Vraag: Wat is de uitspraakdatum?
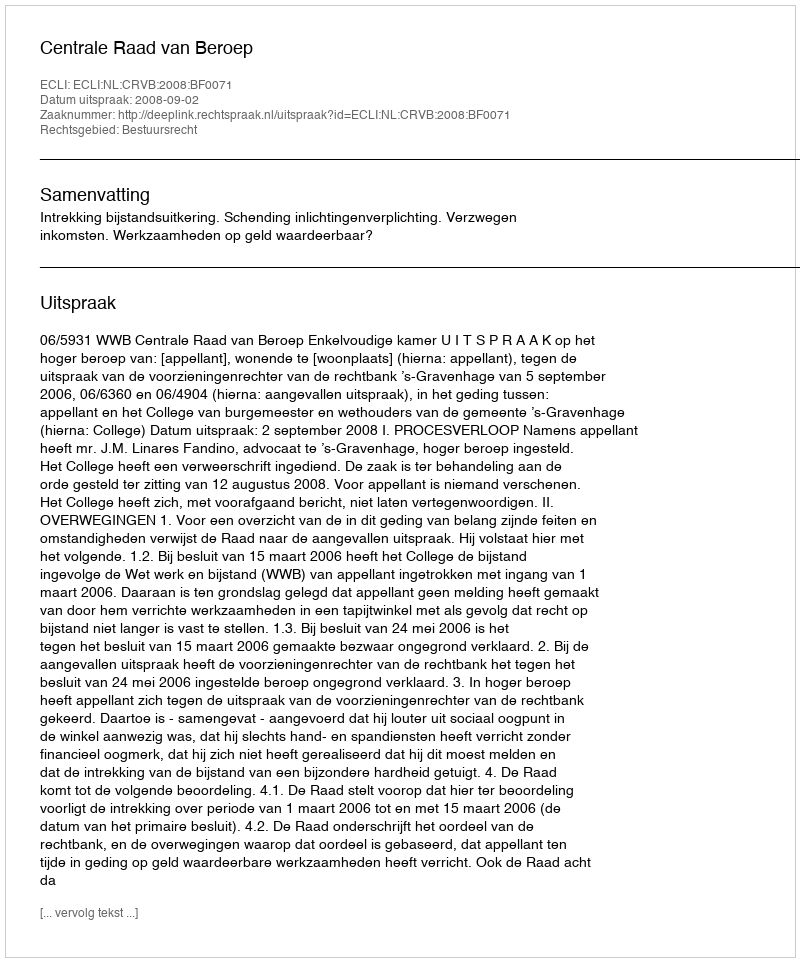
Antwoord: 2008-09-02